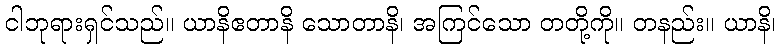
ငါဘုရားရှင်သည်။ ယာနိဧတာနိ သောတာနိ၊ အကြင်သော တတို့ကို။ တနည်း။ ယာနိ၊